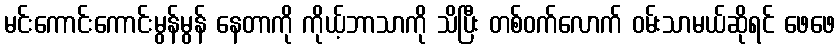
မင်းကောင်းကောင်းမွန်မွန် နေတာကို ကိုယ့်ဘာသာကို သိပြီး တစ်ဝက်လောက် ဝမ်းသာမယ်ဆိုရင် ဖေဖေ